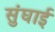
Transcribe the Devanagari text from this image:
सुंघाई